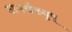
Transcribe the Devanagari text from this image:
अफ्वैंख्युप्